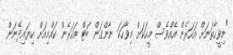
"މިވީހާތަނަށް އަހަރެން އެއްވެސް މީހަކަށް މިވާހަކަ ނާންގަން ބަޓް އަހަރެން ކައްމިއަށް ކިޔައިދޭނަން